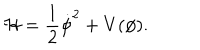
LaTeX: { \cal H } = \frac { 1 } { 2 } { \dot { \phi } } ^ { 2 } + V ( \phi ) .